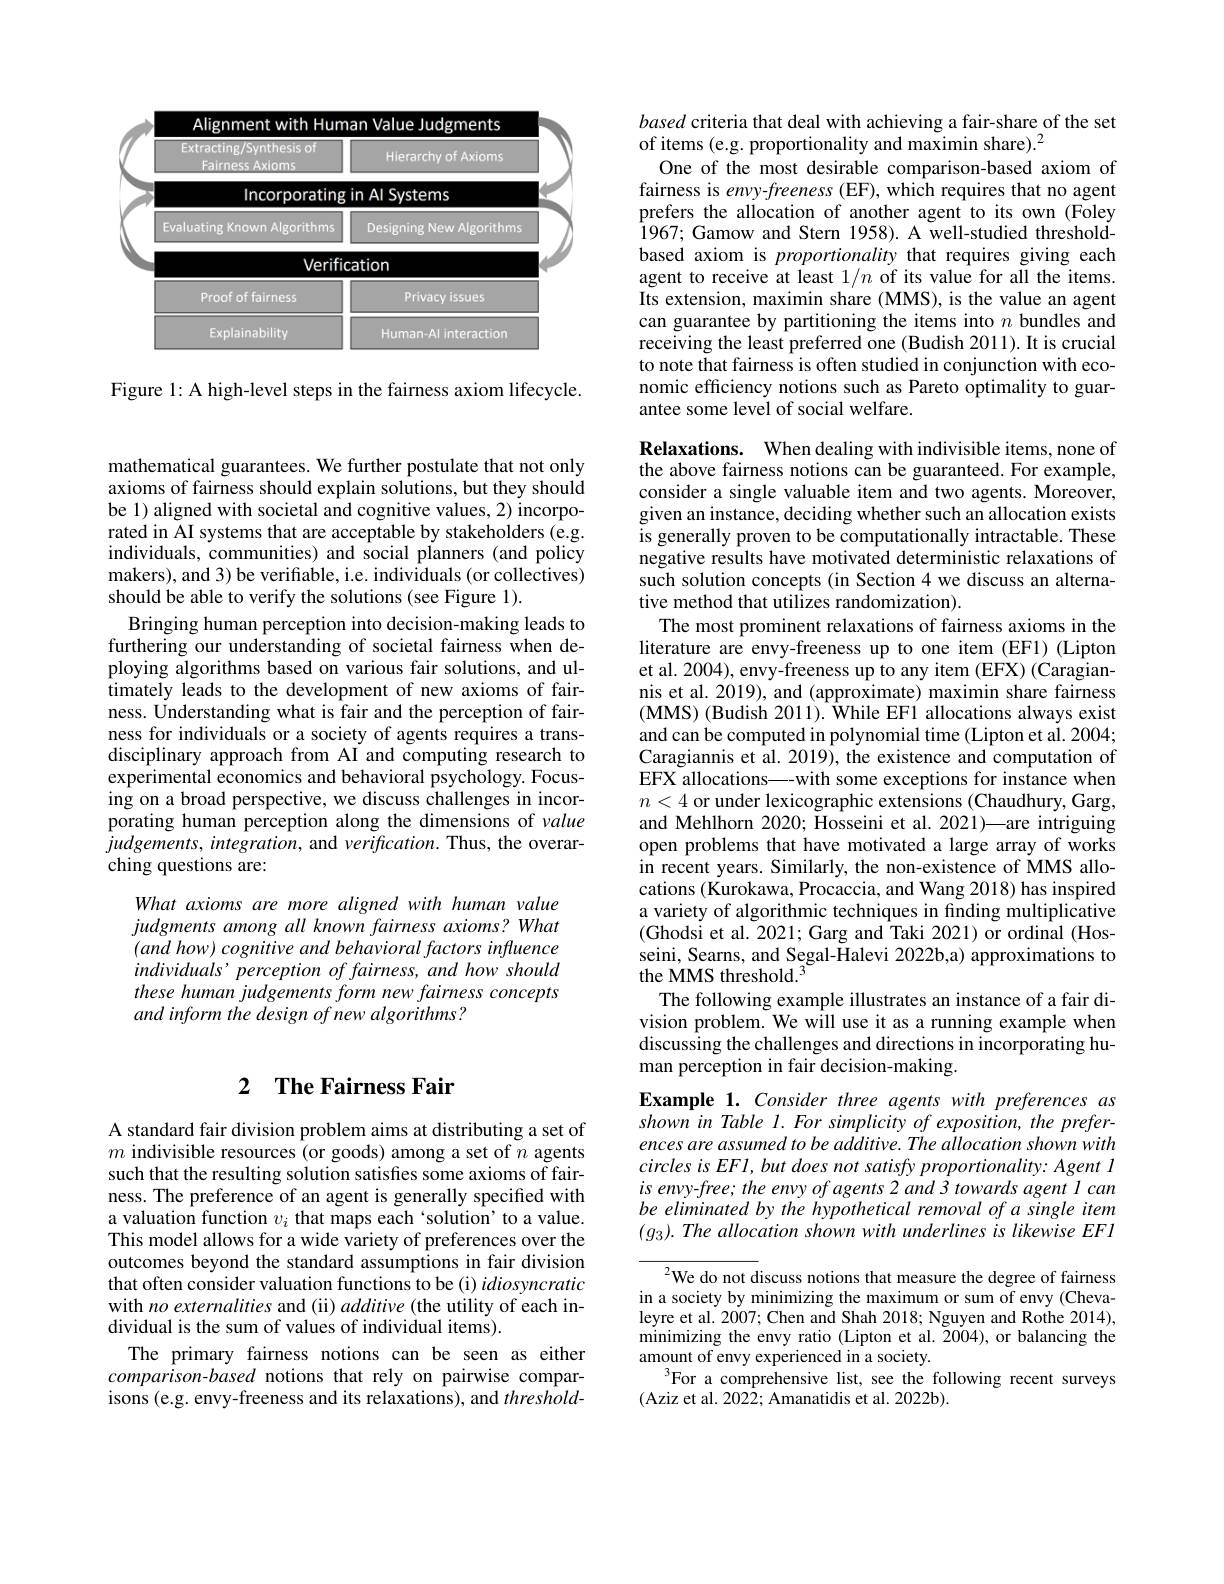
<FigureHere>

Figure 1: A high-level steps in the fairness axiom lifecycle.

## 2 $\textbf{The Fairness Fair}$

A standard fair division problem aims at distributing a set of $m$ indivisible resources(or goods) among a set of $n$ agents such that the resulting solution satisfes some axioms of fairness. The preference of an agent is generally specified with a valuation function $v_i$ that maps each‘solution’to a value. This model allows for a wide variety of preferences over the outcomes beyond the standard assumptions in fair division that often consider valuation functions to be (i) idiosyncratic with no externalities and (ii) additive (the utility of each individual is the sum of values of individual items).
The primary fairness notions can be seen as either comparison-based notions that rely on pairwise comparisons (e.g. envy-freeness and its relaxations), and $threshold-$

mathematical guarantees. We further postulate that not only axioms of fairness should explain solutions, but they should be 1) aligned with societal and cognitive values, 2) incorporated in AI systems that are acceptable by stakeholders (e.g. individuals, communities) and social planners (and policy makers), and 3) be verifiable, i.e. individuals (or collectives) should be able to verify the solutions (see Figure 1).
Bringing human perception into decision-making leads to furthering our understanding of societal fairness when deploying algorithms based on various fair solutions, and ultimately leads to the development of new axioms of fairness. Understanding what is fair and the perception of fairness for individuals or a society of agents requires a transdisciplinary approach from AI and computing research to experimental economics and behavioral psychology. Focusing on a broad perspective, we discuss challenges in incorporating human perception along the dimensions of value $judgements,integration$, and $verification.$ Thus, the overarching questions are:

What axioms are more aligned with human value judgments among all known fairness axioms? What $(and~how)~cognitive~and~behavioral~factors~influence$ individuals’ perception of fairness, and how should these human judgements form new fairness concepts and inform the design of new algorithms?

based criteria that deal with achieving a fair-share of the set
of items (e.g. proportionality and maximin share).$^2$
One of the most desirable comparison-based axiom of fairness is envy-freeness (EF), which requires that no agent prefers the allocation of another agent to its own (Foley 1967; Gamow and Stern 1958). A well-studied thresholdbased axiom is proportionality that requires giving each agent to receive at least $1/n$ of its value for all the items. Its extension, maximin share (MMS), is the value an agent can guarantee by partitioning the items into $n$ bundles and receiving the least preferred one (Budish 2011). It is crucial to note that fairness is often studied in conjunction with economic efficiency notions such as Pareto optimality to guarantee some level of social welfare.

Relaxations. When dealing with indivisible items, none of the above fairness notions can be guaranteed. For example, consider a single valuable item and two agents. Moreover, given an instance, deciding whether such an allocation exists is generally proven to be computationally intractable. These negative results have motivated deterministic relaxations of such solution concepts (in Section 4 we discuss an alternative method that utilizes randomization).
The most prominent relaxations of fairness axioms in the literature are envy-freeness up to one item (EF1) (Lipton et al. 2004), envy-freeness up to any item (EFX) (Caragiannis et al. 2019), and (approximate) maximin share fairness (MMS) (Budish 2011). While EF1 allocations always exist and can be computed in polynomial time (Lipton et al. 2004; Caragiannis et al. 2019), the existence and computation of EFX allocations—-with some exceptions for instance when $n<4$ or under lexicographic extensions (Chaudhury, Garg, and Mehlhorn 2020; Hosseini et al. 2021)—are intriguing open problems that have motivated a large array of works in recent years. Similarly, the non-existence of MMS allocations (Kurokawa, Procaccia, and Wang 2018) has inspired a variety of algorithmic techniques in finding multiplicative (Ghodsi et al. 2021; Garg and Taki 2021) or ordinal (Hosseini, Searns, and Segal-Halevi 2022b,a) approximations to the MMS threshold.$^3$
The following example illustrates an instance of a fair division problem. We will use it as a running example when discussing the challenges and directions in incorporating human perception in fair decision-making.
Example 1. Consider three agents with preferences as shown in Table l. For simplicity of exposition, the prefer-

ences are assumed to be additive. The allocation shown with $circlesisEFl,but$ does not satisfy proportionality: Agent l $isenvy-free;theenvyofagents2and3towardsagentlcan$ be eliminated by the hypothetical removal of a single item $( g_3) . \textit{ The allocation shown with underlines is likewise EF1}$

${^{2}\text{We do not discuss notions that measure the degree of fairness}}$ in a society by minimizing the maximum or sum of envy (Chevaleyre et al. 2007; Chen and Shah 2018; Nguyen and Rothe 2014), minimizing the envy ratio (Lipton et al. 2004), or balancing the amount of envy experienced in a society.
$^{3}$For a comprehensive list, see the following recent surveys
(Aziz et al. 202$\dot{2};$ Amanatidis et al. 2022b).